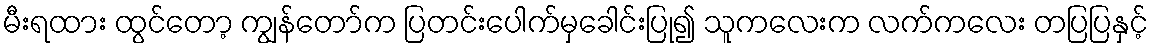
မီးရထား ထွင်တော့ ကျွန်တော်က ပြတင်းပေါက်မှခေါင်းပြု၍ သူကလေးက လက်ကလေး တပြပြနှင့်